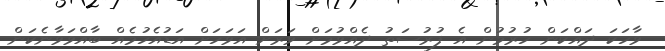
ވާހަކަ ދައްކަން ހުރުމުން އެ ފުރުސަތު ދެއްވުމަށް ވަރަށް އަވަހަށް އަޑުއެހުމެއް ބާއްވަވާނެކަން